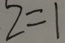
z = 1